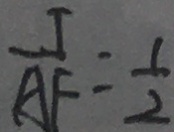
\frac { 1 } { A F } = \frac { 1 } { 2 }